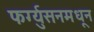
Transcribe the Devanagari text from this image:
फर्ग्युसनमधून